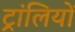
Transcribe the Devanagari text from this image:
ट्रांलियों